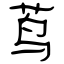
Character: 茑